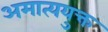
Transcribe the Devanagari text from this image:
अमात्ययुक्त